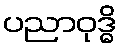
ပညာဝုဒ္ဓိ